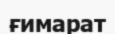
ғимарат